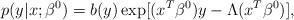
LaTeX: \begin{align*} p(y|x; \beta^0) = b(y) \exp[(x^{T} \beta^0) y - \Lambda(x^{T} \beta^0)],\end{align*}